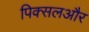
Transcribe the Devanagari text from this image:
पिक्सलऔर